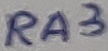
Text: RA3